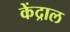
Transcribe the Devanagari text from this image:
केंद्राल